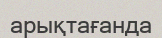
арықтағанда